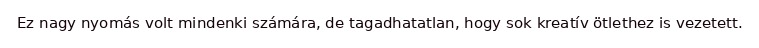
Ez nagy nyomás volt mindenki számára, de tagadhatatlan, hogy sok kreatív ötlethez is vezetett.